Problem: 18 + 37 = ?
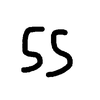
Handwritten answer: 55